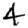
Digit: 4